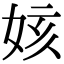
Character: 姟